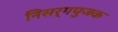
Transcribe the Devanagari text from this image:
निसर्गपुजक